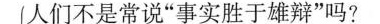
人们不是常说”事实胜于雄辩”吗?